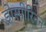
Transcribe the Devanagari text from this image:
ड्रोस्पीरिनन